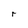
Character: r